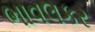
ભાવલકર